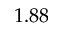
1 . 8 8